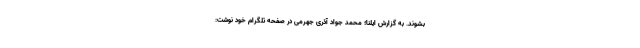
بشوند. به گزارش ایلنا؛ محمد جواد آذری جهرمی در صفحه تلگرام خود نوشت: